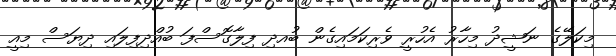
މިކަލޭގެ ނަޝީދު މިހާރު އެހުރީ ވެރިކަމައިގެން ބުއދި ފިލާގޮސްފަ ބުއްދިފިލައި ދިޔަސް މިއީ